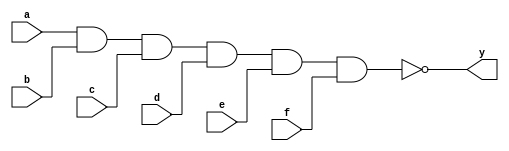
`timescale 1ns / 1ps
//////////////////////////////////////////////////////////////////////////////////
// Module Name: xup_nand6
//////////////////////////////////////////////////////////////////////////////////
module xup_nand6 #(parameter DELAY = 3)(
    input a,
    input b,
    input c,
    input d,
    input e,
    input f,
    output y
    );
    
    nand #DELAY (y,a,b,c,d,e,f);
    
endmodule